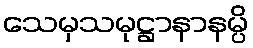
သေမှသမုဋ္ဌာနာနမ္ပိ